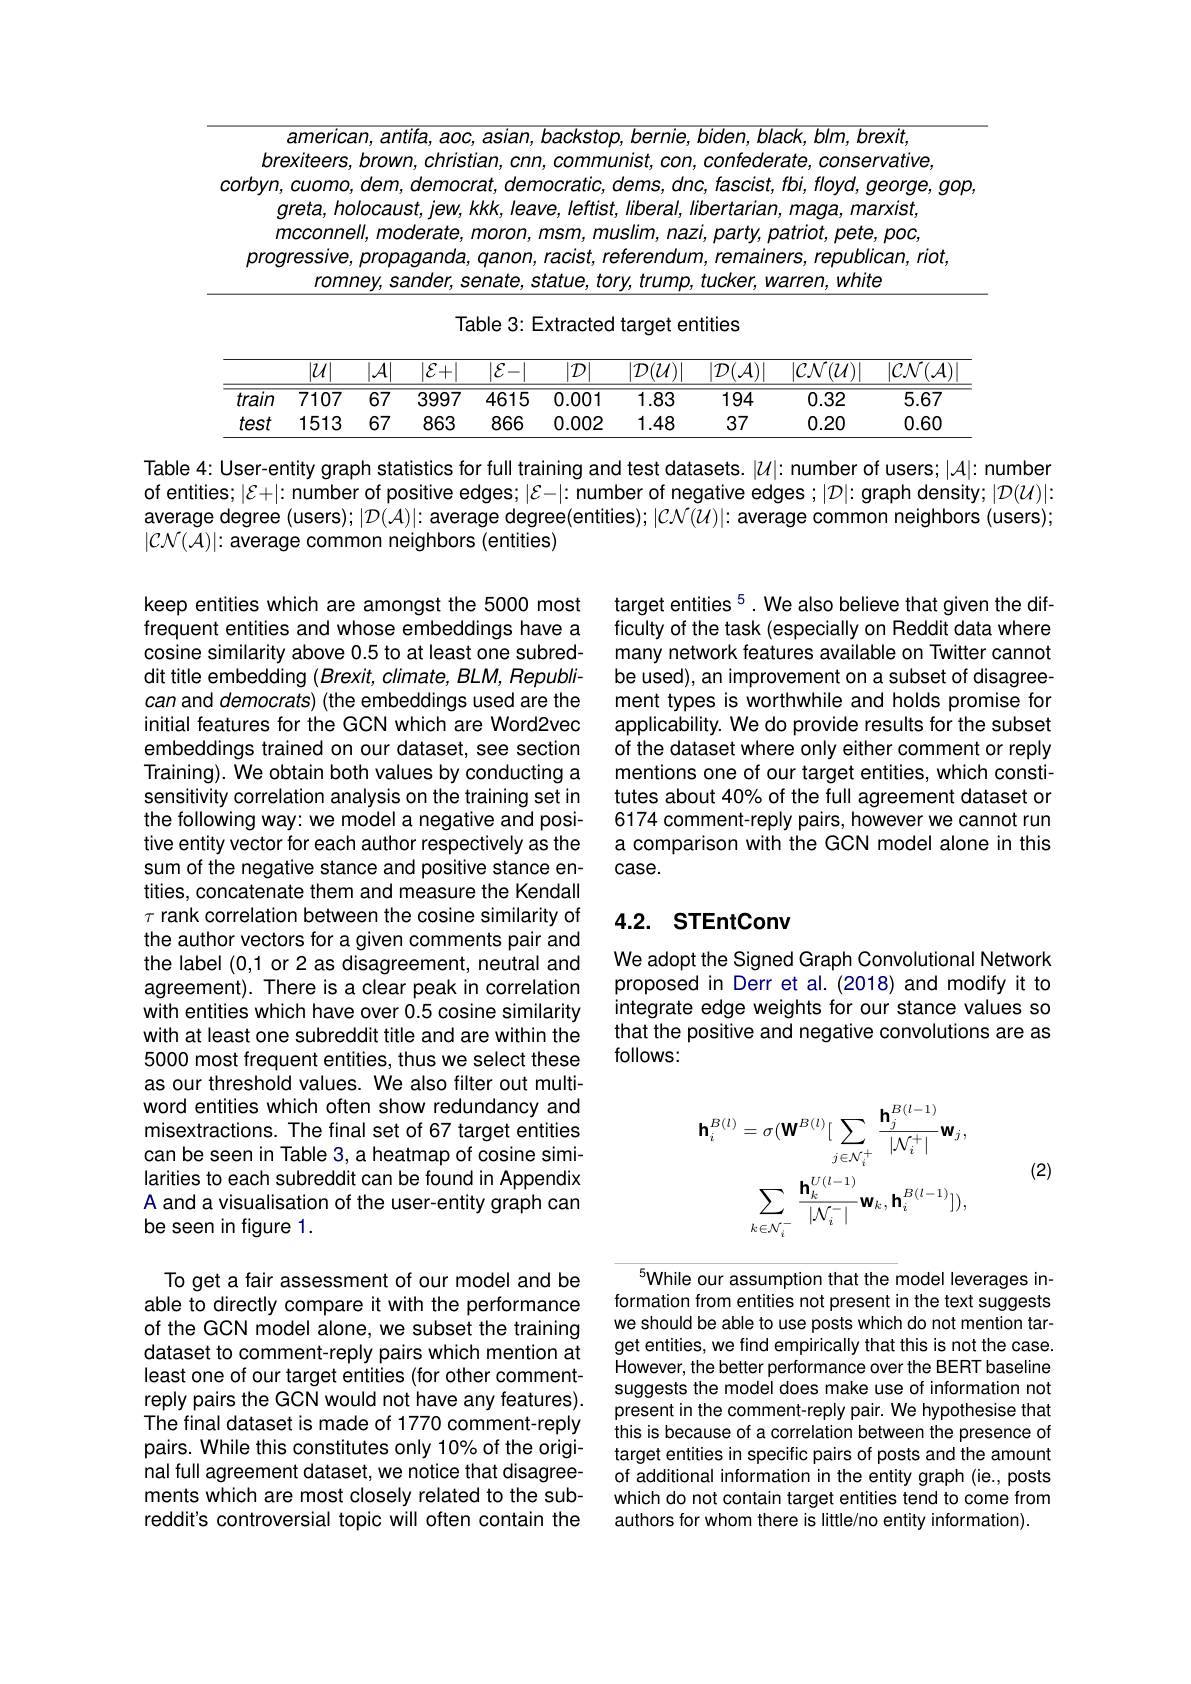
<table>
	<tbody>
		<tr>
			<td> </td>
			<td>$2mprican$ narkstnn bernie hiden black blm brexit</td>
		</tr>
		<tr>
			<td> </td>
			<td>xiteprc hrnwn christian $mn$ contederate cnnservative</td>
		</tr>
		<tr>
			<td>$CCO$</td>
			<td>$y/mm$ remncrat remncratir tascrist thl $flovd.aeorae.$ $UL$</td>
		</tr>
		<tr>
			<td> </td>
			<td>reta holncalist lew kkk 11 IAAVE $1/ptt/st$ 11 liheral 11 lihertarian $marx/s$</td>
		</tr>
		<tr>
			<td> </td>
			<td>$rcconnell.moderate.r$ muslim. nazi. partv. patriot. bete $DOC$</td>
		</tr>
		<tr>
			<td> </td>
			<td>ranon racist reterendilm remainers I reoublican.riot</td>
		</tr>
		<tr>
			<td> </td>
			<td>mmne conate statie nrw $T$ tirkar Marren M/hite</td>
		</tr>
	</tbody>
</table>

Table 3: Extracted target entities

<table>
	<tbody>
		<tr>
			<th> </th>
			<th>$\overline{|\mathcal{U}|}$</th>
			<th>$|\mathcal{A}|$</th>
			<th>$|\mathcal{E}+|$</th>
			<th>$|\mathcal{E}-|$</th>
			<th>$|\mathcal{D}|$</th>
			<th>$|\mathcal{D}(\mathcal{U})|$</th>
			<th>$|\mathcal{D}(\mathcal{A})|$</th>
			<th>$|\mathcal{CN}(\mathcal{U})|$</th>
			<th>$|\mathcal{C}\mathcal{N}(\mathcal{A})$</th>
		</tr>
		<tr>
			<td>train</td>
			<td>$\overline{7107}$</td>
			<td>$\overline{67}$</td>
			<td>3997</td>
			<td>4615</td>
			<td>0.001</td>
			<td>1.83</td>
			<td>194</td>
			<td>0.32</td>
			<td>5.67</td>
		</tr>
		<tr>
			<td>test</td>
			<td>1513</td>
			<td>67</td>
			<td>863</td>
			<td>866</td>
			<td>0.002</td>
			<td>1.48</td>
			<td>37</td>
			<td>0.20</td>
			<td>0.60</td>
		</tr>
	</tbody>
</table>

Table 4: User-entity graph statistics for full training and test datasets. $|\mathcal{U}|:$ number of users; $|\mathcal{A}|:$ number of entities; $|\mathcal{E}+|:$ number of positive edges; $|\mathcal{E}-|:$ number of negative edges; $|\mathcal{D}|:$ graph density; $|\mathcal{D}(\mathcal{U})|:$ average degree (users); $|D(\mathcal{A})|:$ average degree(entities); $|\mathcal{CN}(\mathcal{U})|:$ average common neighbors (users); $|\mathcal{CN}(\mathcal{A})|{:}$ average common neighbors (entities)

target entities $^{5}.$ We also believe that given the difficulty of the task (especially on Reddit data where many network features available on Twitter cannot be used), an improvement on a subset of disagreement types is worthwhile and holds promise for applicability. We do provide results for the subset of the dataset where only either comment or reply mentions one of our target entities, which constitutes about 40% of the full agreement dataset or 6174 comment-reply pairs, however we cannot run a comparison with the GCN model alone in this case.

keep entities which are amongst the 5000 most frequent entities and whose embeddings have a cosine similarity above 0.5 to at least one subreddit title embedding $(Brexit,climate,BLM,Republi-$ can and democrats) (the embeddings used are the initial features for the GCN which are Word2vec embeddings trained on our dataset, see section Training). We obtain both values by conducting a sensitivity correlation analysis on the training set in the following way: we model a negative and positive entity vector for each author respectively as the sum of the negative stance and positive stance entities, concatenate them and measure the Kendall $\tau$ rank correlation between the cosine similarity of the author vectors for a given comments pair and the label (0,1 or 2 as disagreement, neutral and agreement). There is a clear peak in correlation with entities which have over 0.5 cosine similarity with at least one subreddit title and are within the 5000 most frequent entities, thus we select these as our threshold values. We also filter out multiword entities which often show redundancy and misextractions. The final set of 67 target entities can be seen in Table 3, a heatmap of cosine similarities to each subreddit can be found in Appendix A and a visualisation of the user-entity graph can be seen in figure 1.

## 4.2. STEntConv

We adopt the Signed Graph Convolutional Network proposed in Derr et al.(2018) and modify it to integrate edge weights for our stance values so that the positive and negative convolutions are as follows:
$$\mathbf{h}_{i}^{B(l)}=\sigma(\mathbf{W}^{B(l)}[\sum_{j\in\mathcal{N}_{i}^{+}}\frac{\mathbf{h}_{j}^{B(l-1)}}{|\mathcal{N}_{i}^{+}|}\mathbf{w}_{j},\\\sum_{k\in\mathcal{N}_{i}^{-}}\frac{\mathbf{h}_{k}^{U(l-1)}}{|\mathcal{N}_{i}^{-}|}\mathbf{w}_{k},\mathbf{h}_{i}^{B(l-1)}]),$$
(2)

$^{5}$While our assumption that the model leverages information from entities not present in the text suggests we should be able to use posts which do not mention target entities, we find empirically that this is not the case However, the better performance over the BERT baseline suggests the model does make use of information not present in the comment-reply pair. We hypothesise that this is because of a correlation between the presence of target entities in specific pairs of posts and the amount of additional information in the entity graph (ie., posts which do not contain target entities tend to come from authors for whom there is little/no entity information).

To get a fair assessment of our model and be able to directly compare it with the performance of the GCN model alone, we subset the training dataset to comment-reply pairs which mention at least one of our target entities (for other commentreply pairs the GCN would not have any features). The final dataset is made of 1770 comment-reply pairs. While this constitutes only 10% of the original full agreement dataset, we notice that disagreements which are most closely related to the subreddit's controversial topic will often contain the